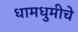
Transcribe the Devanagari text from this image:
धामधुमीचे